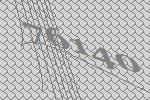
76140